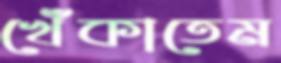
খেঁকাতেম